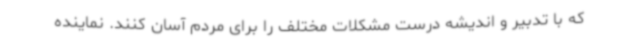
که با تدبیر و اندیشه درست مشکلات مختلف را برای مردم آسان کنند. نماینده